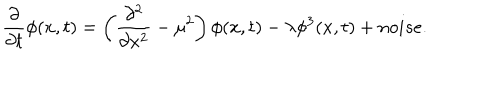
\frac { \partial } { \partial t } \phi ( x , t ) = \left( \frac { \partial ^ { 2 } } { \partial x ^ { 2 } } - \mu ^ { 2 } \right) \phi ( x , t ) - \lambda \phi ^ { 3 } ( x , t ) + n o i s e .